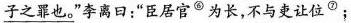
\underline{子之罪也。}”李离口：”臣居官^{⑥}国为长，不与吏让位^{⑦}；